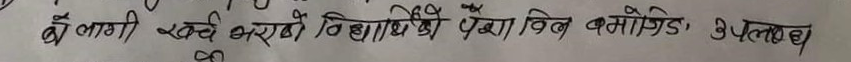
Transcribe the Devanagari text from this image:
वे लागी खर्च भरायें शिक्षाकी पैठां बिल बमोकिड, उपलब्ध